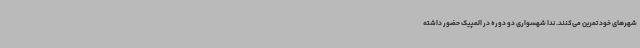
شهرهای خود تمرین می‌کنند. ندا شهسواری دو دوره در المپیک حضور داشته